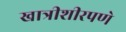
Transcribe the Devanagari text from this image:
खात्रीशीरपणे